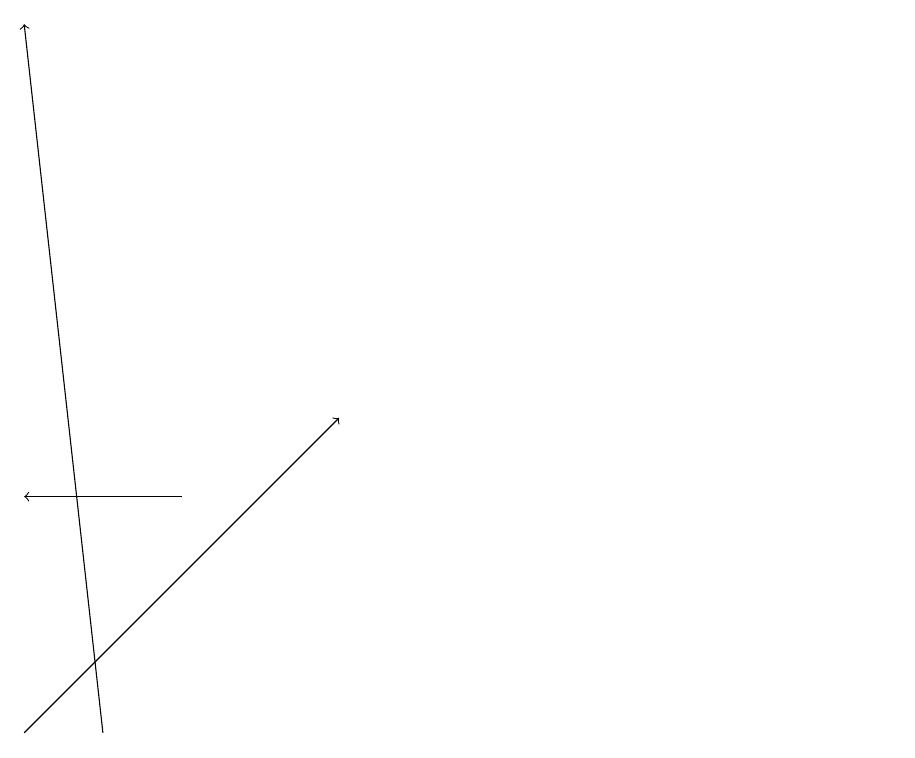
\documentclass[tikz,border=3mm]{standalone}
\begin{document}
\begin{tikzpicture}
\draw (12,11) circle (0);
\draw[->] (2,10) -- (1,19);
\draw[->] (1,10) -- (5,14);
\draw[->] (3,13) -- (1,13);
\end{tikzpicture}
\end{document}